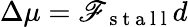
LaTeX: \Delta\mu=\mathscr{F}_{\mathrm{{~s~t~a~l~l~}}}d